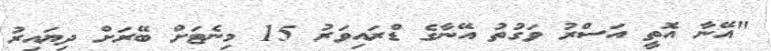
"އޭނާ އޮތީ އަސްރު ވަގުތު އޭނާގެ ޑްރައިވަަރު 15 މިނެޓަށް ބޭރަށް ދިޔައިރު